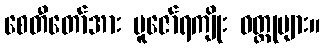
စေတီတော်အား ပူဇော်ရကျိုး ဝတ္ထုများ။